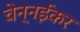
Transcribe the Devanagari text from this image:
चेन्नईकर